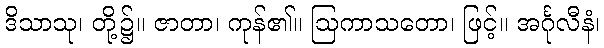
ဒိသာသု၊ တို့၌။ ဇာတာ၊ ကုန်၏။ ဩကာသတော၊ ဖြင့်။ အင်္ဂုလီနံ၊